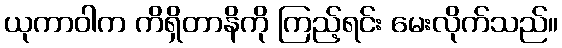
ယုကာဝါက ကိရှိတာနိကို ကြည့်ရင်း မေးလိုက်သည်။